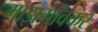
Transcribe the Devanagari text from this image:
माझगांवकर